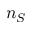
n _ { S }